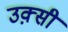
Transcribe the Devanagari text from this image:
उक़्सी